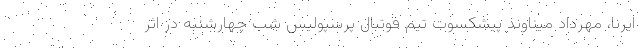
ایرنا، مهرداد میناوند پیشکسوت تیم فوتبال پرسپولیس شب چهارشنبه در اثر